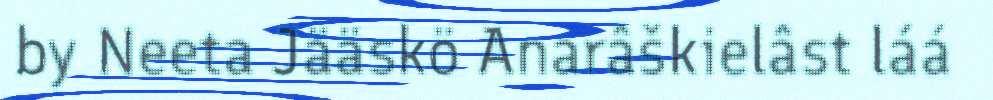
by Neeta Jääskö Anarâškielâst láá